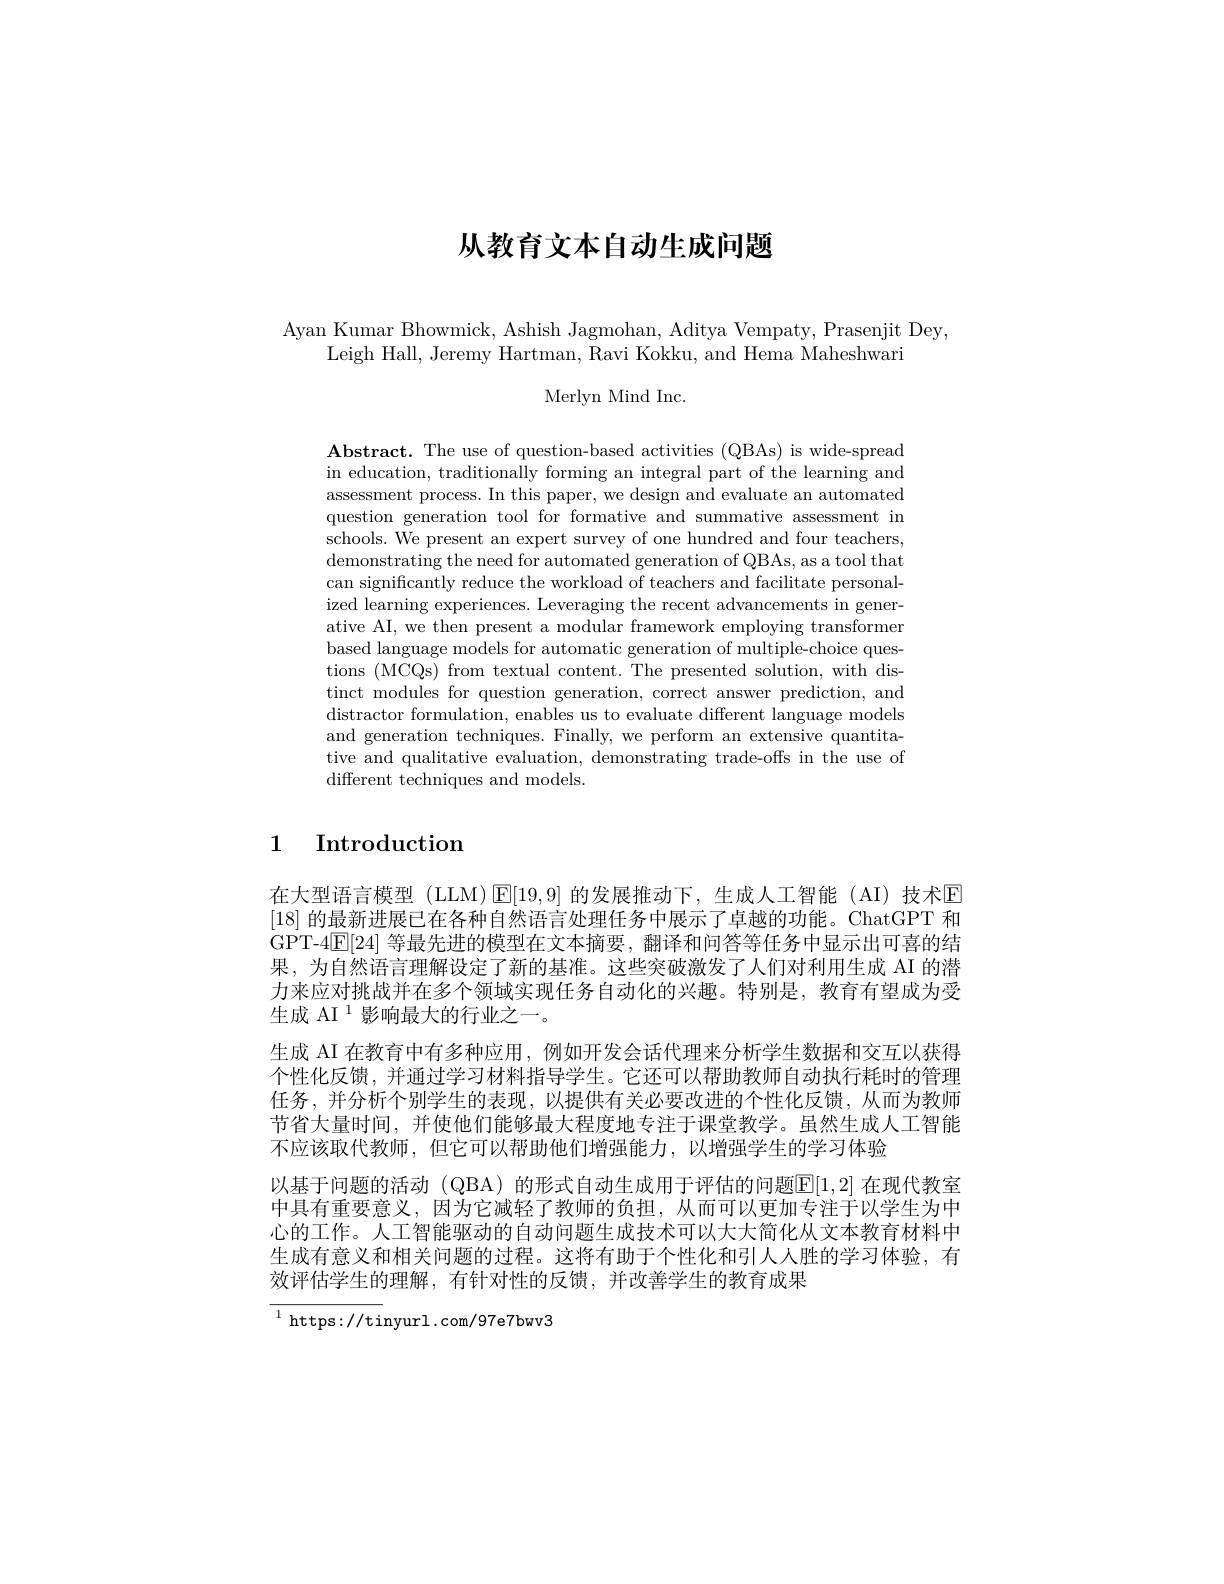
# 从教育文本自动生成问题

Ayan Kumar Bhowmick, Ashish Jagmohan, Aditya Vempaty, Prasenjit Dey,
Leigh Hall, Jeremy Hartman, Ravi Kokku, and Hema Maheshwari
Merlyn Mind Inc.

$\mathbf{Abstract.~The~use~of~question-based~activities~(QBAs)~is~wide-spread}$ in education, traditionally forming an integral part of the learning and assessment process. In this paper, we design and evaluate an automated question generation tool for formative and summative assessment in schools. We present an expert survey of one hundred and four teachers, demonstrating the need for automated generation of QBAs, as a tool that can significantly reduce the workload of teachers and facilitate personalized learning experiences. Leveraging the recent advancements in generative AI, we then present a modular framework employing transformer based language models for automatic generation of multiple-choice questions (MCQs) from textual content. The presented solution, with distinct modules for question generation, correct answer prediction, and distractor formulation, enables us to evaluate different language models and generation techniques. Finally, we perform an extensive quantitative and qualitative evaluation, demonstrating trade-offs in the use of different techniques and models.

# 1 Introduction

在大型语言模型 (LLM) $\operatorname{E}[19,9]$ 的发展推动下，生成人工智能 (AI)技术$\operatorname{E}$ [18]的最新进展已在各种自然语言处理任务中展示了卓越的功能。ChatGPT 和GPT-4$\mathbb{E}[24]$等最先进的模型在文本摘要 ,翻译和问答等任务中显示出可喜的结果，为自然语言理解设定了新的基准。这些突破激发了人们对利用生成 AI 的潜力来应对挑战并在多个领域实现任务自动化的兴趣。特别是，教育有望成为受生成 AI $^{1}$影响最大的行业之一。
生成 AI 在教育中有多种应用，例如开发会话代理来分析学生数据和交互以获得个性化反馈，并通过学习材料指导学生。它还可以帮助教师自动执行耗时的管理任务，并分析个别学生的表现，以提供有关必要改进的个性化反馈，从而为教师节省大量时间，并使他们能够最大程度地专注于课堂教学。虽然生成人工智能不应该取代教师，但它可以帮助他们增强能力，以增强学生的学习体验
以基于问题的活动 (QBA) 的形式自动生成用于评估的问题$\overline{\mathbb{E}}[1,2]$ 在现代教室中具有重要意义，因为它减轻了教师的负担，从而可以更加专注于以学生为中心的工作。人工智能驱动的自动问题生成技术可以大大简化从文本教育材料中生成有意义和相关问题的过程。这将有助于个性化和引人人胜的学习体验，有效评估学生的理解，有针对性的反馈，并改善学生的教育成果

$^{1}$https://tinyurl.com/97e7bwv3